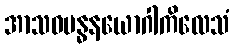
အာသဝဗန္ဓနယောဂါကိလေသံ